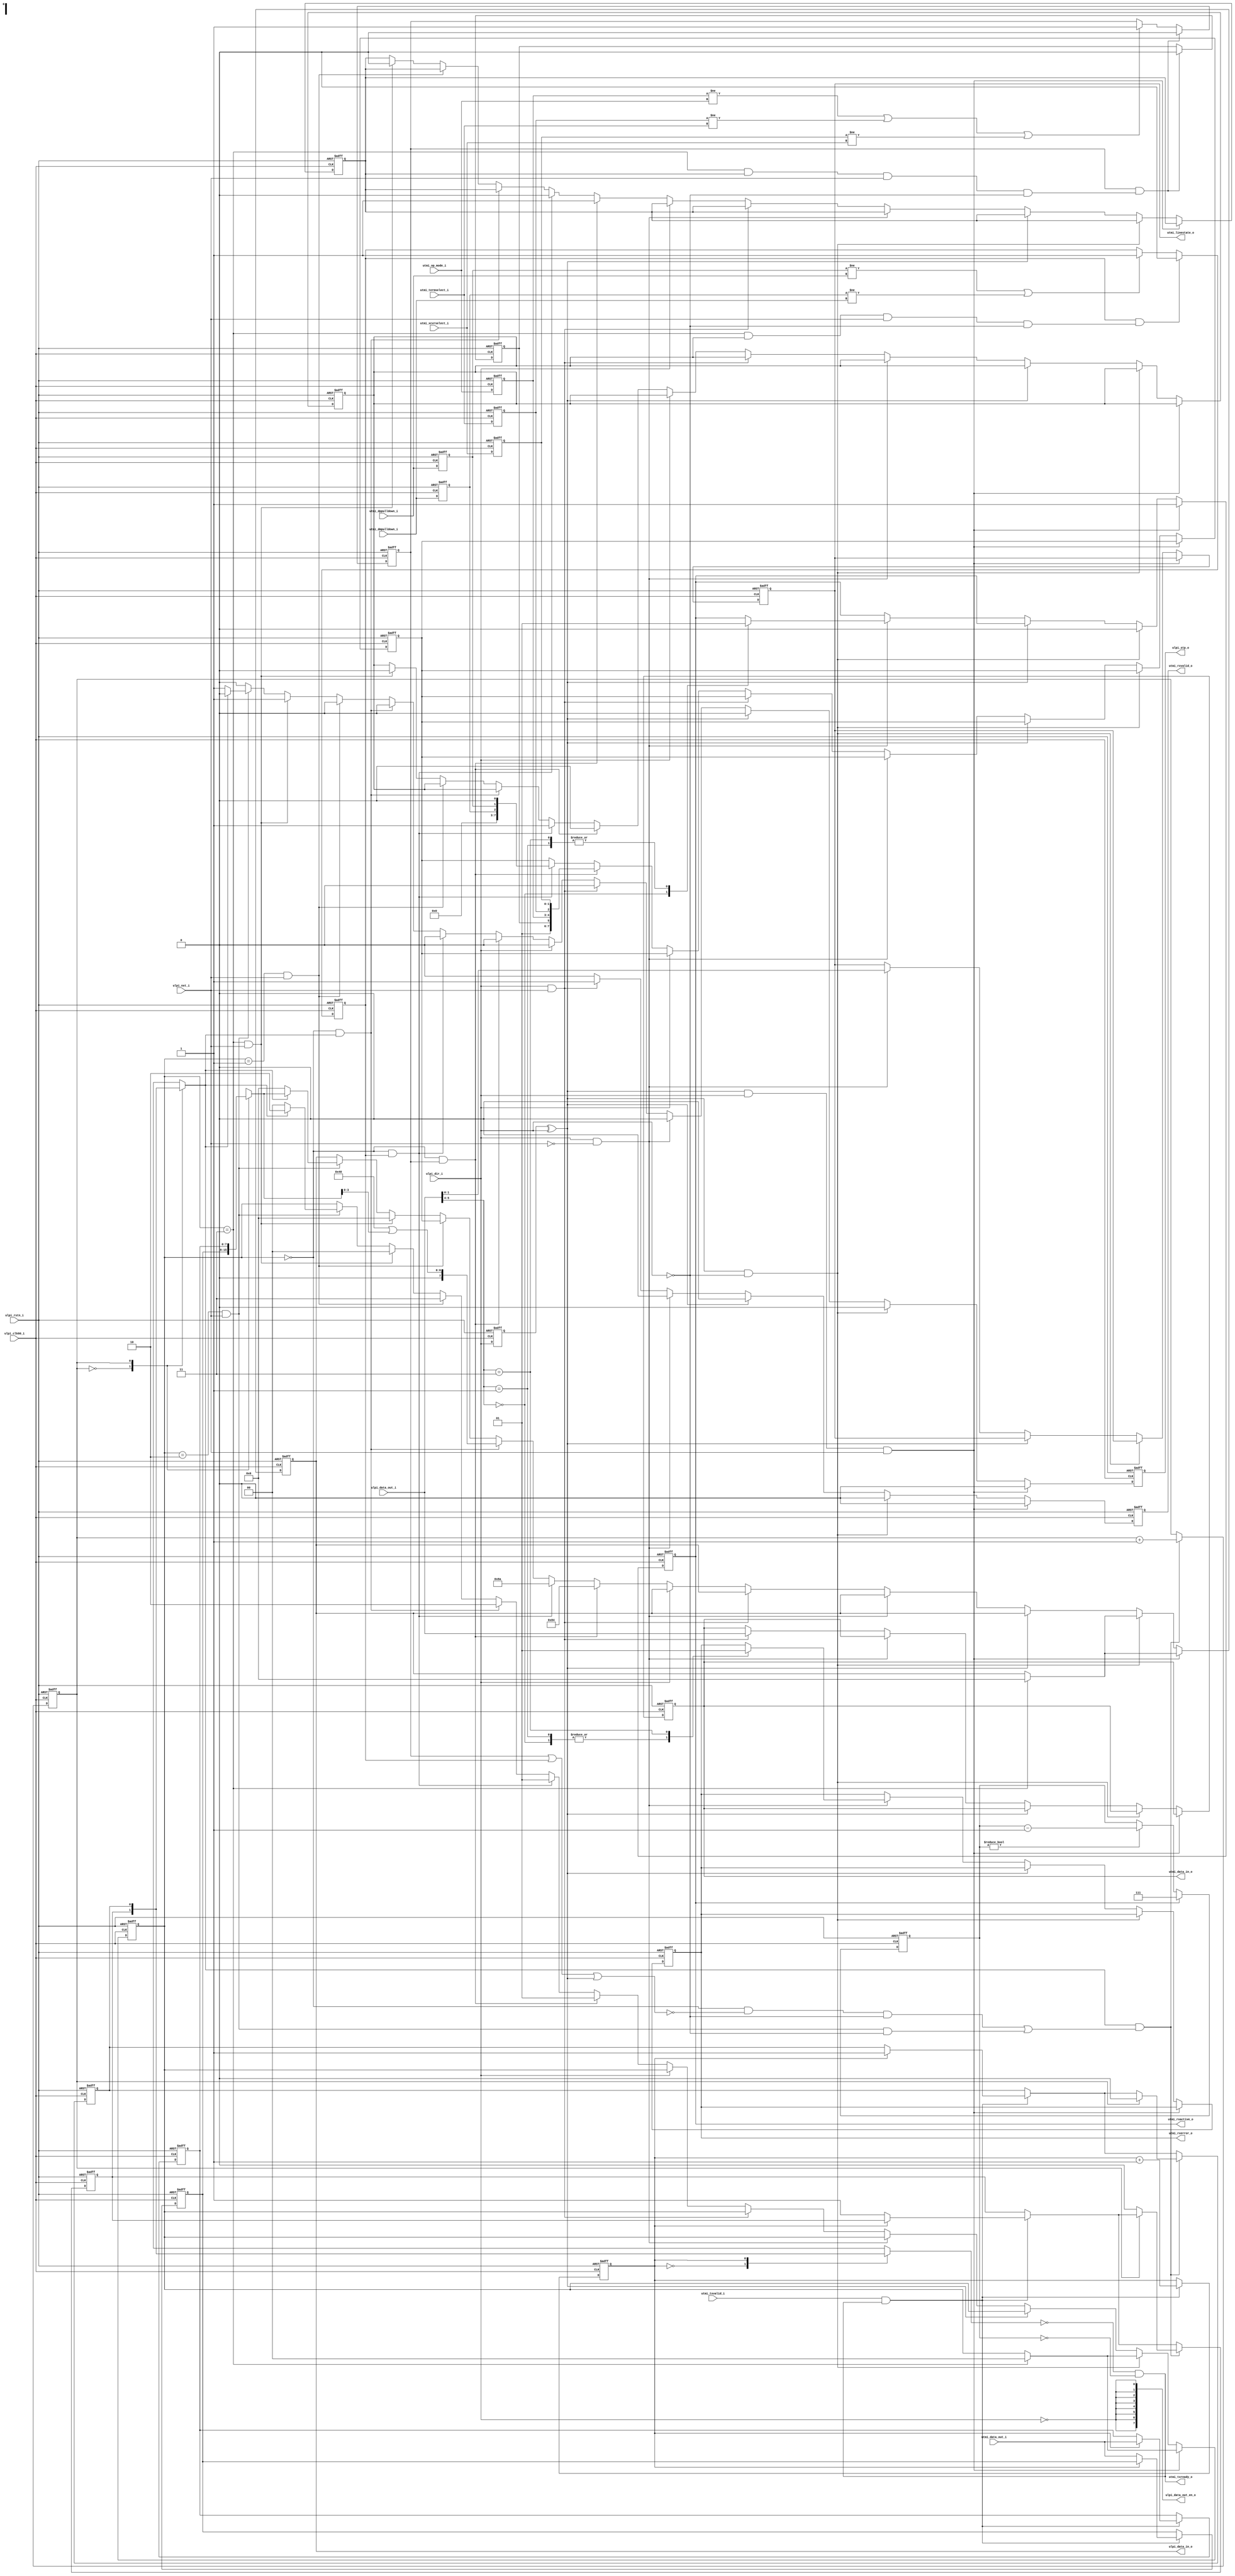
//=================================================================
//
// ULPI (Link) Wrapper
//
// Version: V1.2
// Created by Ultra-Embedded.com 
// http://github.com/ultraembedded/cores
//
// Version: V2.0
// Modified by Zeba-Xie @github:
// .Added ulpi_data_out_en_o for IO PAD
//
//=================================================================
module usbf_ulpi_wrapper
(
    // Inputs
     input           ulpi_clk60_i
    ,input           ulpi_rstn_i
    ,input  [  7:0]  ulpi_data_out_i
    ,input           ulpi_dir_i
    ,input           ulpi_nxt_i

    ,input  [  7:0]  utmi_data_out_i
    ,input           utmi_txvalid_i
    ,input  [  1:0]  utmi_op_mode_i
    ,input  [  1:0]  utmi_xcvrselect_i
    ,input           utmi_termselect_i
    ,input           utmi_dppulldown_i
    ,input           utmi_dmpulldown_i

    // Outputs
    ,output [  7:0]  ulpi_data_in_o
    ,output          ulpi_stp_o
    ,output [  7:0]  ulpi_data_out_en_o // Use by PAD

    ,output [  7:0]  utmi_data_in_o
    ,output          utmi_txready_o
    ,output          utmi_rxvalid_o
    ,output          utmi_rxactive_o
    ,output          utmi_rxerror_o
    ,output [  1:0]  utmi_linestate_o
);



//-----------------------------------------------------------------
// Module: UTMI+ to ULPI Wrapper
//
// Description:
//   - Converts from UTMI interface to reduced pin count ULPI.
//   - No support for low power mode.
//   - I/O synchronous to 60MHz ULPI clock input (from PHY)
//   - Tested against SMSC/Microchip USB3300 in device mode.
//-----------------------------------------------------------------

//-----------------------------------------------------------------
// States
//-----------------------------------------------------------------
localparam STATE_W          = 2;
localparam STATE_IDLE       = 2'd0;
localparam STATE_CMD        = 2'd1;
localparam STATE_DATA       = 2'd2;
localparam STATE_REG        = 2'd3;

reg [STATE_W-1:0]   state_q;

//-----------------------------------------------------------------
// Local Params
//-----------------------------------------------------------------
localparam REG_FUNC_CTRL = 8'h84;
localparam REG_OTG_CTRL  = 8'h8a;
localparam REG_TRANSMIT  = 8'h40;
localparam REG_WRITE     = 8'h80;
localparam REG_READ      = 8'hC0;

//-----------------------------------------------------------------
// UTMI Mode Select
//-----------------------------------------------------------------
reg         mode_update_q;
reg [1:0]   xcvrselect_q;
reg         termselect_q;
reg [1:0]   opmode_q;
reg         phy_reset_q;
reg         mode_write_q;

// Detect register write completion
wire mode_complete_w = (state_q == STATE_REG &&
                        mode_write_q         && 
                        ulpi_nxt_i           && 
                        !ulpi_dir_i);           // Not interrupted by a Rx

always @ (posedge ulpi_clk60_i or negedge ulpi_rstn_i)
if (!ulpi_rstn_i)
begin
    mode_update_q   <= 1'b0;
    xcvrselect_q    <= 2'b0;
    termselect_q    <= 1'b0;
    opmode_q        <= 2'b11;
    phy_reset_q     <= 1'b1;
end
else
begin
    xcvrselect_q    <= utmi_xcvrselect_i;
    termselect_q    <= utmi_termselect_i;
    opmode_q        <= utmi_op_mode_i;

    if (mode_update_q && mode_complete_w)
    begin
        mode_update_q <= 1'b0;
        phy_reset_q   <= 1'b0;
    end
    else if (opmode_q     != utmi_op_mode_i     ||
             termselect_q != utmi_termselect_i ||
             xcvrselect_q != utmi_xcvrselect_i)
        mode_update_q <= 1'b1;
end

//-----------------------------------------------------------------
// UTMI OTG Control
//-----------------------------------------------------------------
reg otg_update_q;
reg dppulldown_q;
reg dmpulldown_q;
reg otg_write_q;

// Detect register write completion
wire otg_complete_w  = (state_q == STATE_REG &&
                        otg_write_q         && 
                        ulpi_nxt_i           && 
                        !ulpi_dir_i);           // Not interrupted by a Rx

always @ (posedge ulpi_clk60_i or negedge ulpi_rstn_i)
if (!ulpi_rstn_i)
begin
    otg_update_q    <= 1'b0;
    dppulldown_q    <= 1'b1;
    dmpulldown_q    <= 1'b1;
end
else
begin
    dppulldown_q    <= utmi_dppulldown_i;
    dmpulldown_q    <= utmi_dmpulldown_i;

    if (otg_update_q && otg_complete_w)
        otg_update_q <= 1'b0;
    else if (dppulldown_q != utmi_dppulldown_i ||
             dmpulldown_q != utmi_dmpulldown_i)
        otg_update_q <= 1'b1;
end

//-----------------------------------------------------------------
// Bus turnaround detect
//-----------------------------------------------------------------
reg ulpi_dir_q;

always @ (posedge ulpi_clk60_i or negedge ulpi_rstn_i)
if (!ulpi_rstn_i)
    ulpi_dir_q <= 1'b0;
else
    ulpi_dir_q <= ulpi_dir_i;

wire turnaround_w = ulpi_dir_q ^ ulpi_dir_i;

//-----------------------------------------------------------------
// Rx - Tx delay
//-----------------------------------------------------------------
localparam TX_DELAY_W       = 3;
localparam TX_START_DELAY   = 3'd7;

reg [TX_DELAY_W-1:0] tx_delay_q;

always @ (posedge ulpi_clk60_i or negedge ulpi_rstn_i)
if (!ulpi_rstn_i)
    tx_delay_q <= {TX_DELAY_W{1'b0}};
else if (utmi_rxactive_o)
    tx_delay_q <= TX_START_DELAY;
else if (tx_delay_q != {TX_DELAY_W{1'b0}})
    tx_delay_q <= tx_delay_q - 1;

wire tx_delay_complete_w = (tx_delay_q == {TX_DELAY_W{1'b0}});

//-----------------------------------------------------------------
// Tx Buffer - decouple UTMI Tx from PHY I/O
//-----------------------------------------------------------------
reg [7:0] tx_buffer_q[0:1];
reg       tx_valid_q[0:1];
reg       tx_wr_idx_q;
reg       tx_rd_idx_q;

wire      utmi_tx_ready_w;
wire      utmi_tx_accept_w;

always @ (posedge ulpi_clk60_i or negedge ulpi_rstn_i)
if (!ulpi_rstn_i)
begin
    tx_buffer_q[0] <= 8'b0;
    tx_buffer_q[1] <= 8'b0;
    tx_valid_q[0]  <= 1'b0;
    tx_valid_q[1]  <= 1'b0;
    tx_wr_idx_q    <= 1'b0;
    tx_rd_idx_q    <= 1'b0;
end    
else
begin
    // Push
    if (utmi_txvalid_i && utmi_txready_o)
    begin
        tx_buffer_q[tx_wr_idx_q] <= utmi_data_out_i;
        tx_valid_q[tx_wr_idx_q]  <= 1'b1;

        tx_wr_idx_q <= tx_wr_idx_q + 1'b1;
    end

    // Pop
    if (utmi_tx_ready_w && utmi_tx_accept_w)
    begin
        tx_valid_q[tx_rd_idx_q]  <= 1'b0;
        tx_rd_idx_q <= tx_rd_idx_q + 1'b1;
    end
end

// Tx buffer space (only accept after Rx->Tx turnaround delay)
assign utmi_txready_o  = ~tx_valid_q[tx_wr_idx_q] & tx_delay_complete_w;

assign utmi_tx_ready_w = tx_valid_q[tx_rd_idx_q];

wire [7:0] utmi_tx_data_w = tx_buffer_q[tx_rd_idx_q];

//-----------------------------------------------------------------
// Implementation
//-----------------------------------------------------------------

// Xilinx placement pragmas:
//synthesis attribute IOB of ulpi_data_q is "TRUE"
//synthesis attribute IOB of ulpi_stp_q is "TRUE"

reg [7:0]           ulpi_data_q;
reg                 ulpi_stp_q;
reg [7:0]           data_q;

reg                 utmi_rxvalid_q;
reg                 utmi_rxerror_q;
reg                 utmi_rxactive_q;
reg [1:0]           utmi_linestate_q;
reg [7:0]           utmi_data_q;


always @ (posedge ulpi_clk60_i or negedge ulpi_rstn_i)
if (!ulpi_rstn_i)
begin
    state_q             <= STATE_IDLE;
    ulpi_data_q         <= 8'b0;
    data_q              <= 8'b0;
    ulpi_stp_q          <= 1'b1;

    utmi_rxvalid_q      <= 1'b0;
    utmi_rxerror_q      <= 1'b0;
    utmi_rxactive_q     <= 1'b0;
    utmi_linestate_q    <= 2'b0;
    utmi_data_q         <= 8'b0;

    mode_write_q        <= 1'b0;
    otg_write_q         <= 1'b0;
end
else
begin
    ulpi_stp_q          <= 1'b0;
    utmi_rxvalid_q      <= 1'b0;

    // Turnaround: Input + NXT - set RX_ACTIVE
    if (turnaround_w && ulpi_dir_i && ulpi_nxt_i)
    begin
        utmi_rxactive_q <= 1'b1;

        // Register write - abort
        if (state_q == STATE_REG)
        begin
            state_q       <= STATE_IDLE;
            ulpi_data_q   <= 8'b0;  // IDLE
        end
    end
    // Turnaround: Input -> Output - reset RX_ACTIVE
    else if (turnaround_w && !ulpi_dir_i)
    begin
        utmi_rxactive_q <= 1'b0;

        // Register write - abort
        if (state_q == STATE_REG)
        begin
            state_q       <= STATE_IDLE;
            ulpi_data_q   <= 8'b0;  // IDLE
        end
    end
    // Non-turnaround cycle
    else if (!turnaround_w)
    begin
        //-----------------------------------------------------------------
        // Input: RX_CMD (status)
        //-----------------------------------------------------------------
        if (ulpi_dir_i && !ulpi_nxt_i)
        begin
            // Phy status
            utmi_linestate_q <= ulpi_data_out_i[1:0];

            case (ulpi_data_out_i[5:4])
            2'b00:
            begin
                utmi_rxactive_q <= 1'b0;
                utmi_rxerror_q  <= 1'b0;
            end
            2'b01: 
            begin
                utmi_rxactive_q <= 1'b1;
                utmi_rxerror_q  <= 1'b0;
            end
            2'b11:
            begin
                utmi_rxactive_q <= 1'b1;
                utmi_rxerror_q  <= 1'b1;
            end
            default:
                ; // HOST_DISCONNECTED
            endcase
        end
        //-----------------------------------------------------------------
        // Input: RX_DATA
        //-----------------------------------------------------------------
        else if (ulpi_dir_i && ulpi_nxt_i)
        begin
            utmi_rxvalid_q  <= 1'b1;
            utmi_data_q     <= ulpi_data_out_i;
        end
        //-----------------------------------------------------------------
        // Output
        //-----------------------------------------------------------------
        else if (!ulpi_dir_i)
        begin        
            // IDLE: Pending mode update
            if ((state_q == STATE_IDLE) && mode_update_q)
            begin
                data_q        <= {1'b0, 1'b1, phy_reset_q, opmode_q, termselect_q, xcvrselect_q};
                ulpi_data_q   <= REG_FUNC_CTRL;

                otg_write_q   <= 1'b0;
                mode_write_q  <= 1'b1;

                state_q       <= STATE_CMD;
            end
            // IDLE: Pending OTG control update
            else if ((state_q == STATE_IDLE) && otg_update_q)
            begin
                data_q        <= {5'b0, dmpulldown_q, dppulldown_q, 1'b0};
                ulpi_data_q   <= REG_OTG_CTRL;

                otg_write_q   <= 1'b1;
                mode_write_q  <= 1'b0;

                state_q       <= STATE_CMD;
            end
            // IDLE: Pending transmit
            else if ((state_q == STATE_IDLE) && utmi_tx_ready_w)
            begin
                ulpi_data_q <= REG_TRANSMIT | {4'b0, utmi_tx_data_w[3:0]};
                state_q     <= STATE_DATA;
            end
            // Command
            else if ((state_q == STATE_CMD) && ulpi_nxt_i)
            begin
                // Write Register
                state_q     <= STATE_REG;
                ulpi_data_q <= data_q;
            end
            // Data (register write)
            else if (state_q == STATE_REG && ulpi_nxt_i)
            begin
                state_q       <= STATE_IDLE;
                ulpi_data_q   <= 8'b0;  // IDLE
                ulpi_stp_q    <= 1'b1;

                otg_write_q   <= 1'b0;
                mode_write_q  <= 1'b0;
            end
            // Data
            else if (state_q == STATE_DATA && ulpi_nxt_i)
            begin
                // End of packet
                if (!utmi_tx_ready_w)
                begin
                    state_q       <= STATE_IDLE;
                    ulpi_data_q   <= 8'b0;  // IDLE
                    ulpi_stp_q    <= 1'b1;
                end
                else
                begin
                    state_q        <= STATE_DATA;
                    ulpi_data_q    <= utmi_tx_data_w;
                end
            end
        end
    end
end

// Accept from buffer
assign utmi_tx_accept_w = ((state_q == STATE_IDLE) && !(mode_update_q || otg_update_q || turnaround_w) && !ulpi_dir_i) ||
                          (state_q == STATE_DATA && ulpi_nxt_i && !ulpi_dir_i);

//-----------------------------------------------------------------
// Assignments
//-----------------------------------------------------------------
// ULPI Interface
assign ulpi_data_in_o       = ulpi_data_q;
assign ulpi_stp_o           = ulpi_stp_q;
assign ulpi_data_out_en_o   = {8{~ulpi_dir_i}};

// UTMI Interface
assign utmi_linestate_o     = utmi_linestate_q;
assign utmi_data_in_o       = utmi_data_q;
assign utmi_rxerror_o       = utmi_rxerror_q;
assign utmi_rxactive_o      = utmi_rxactive_q;
assign utmi_rxvalid_o       = utmi_rxvalid_q;

endmodule